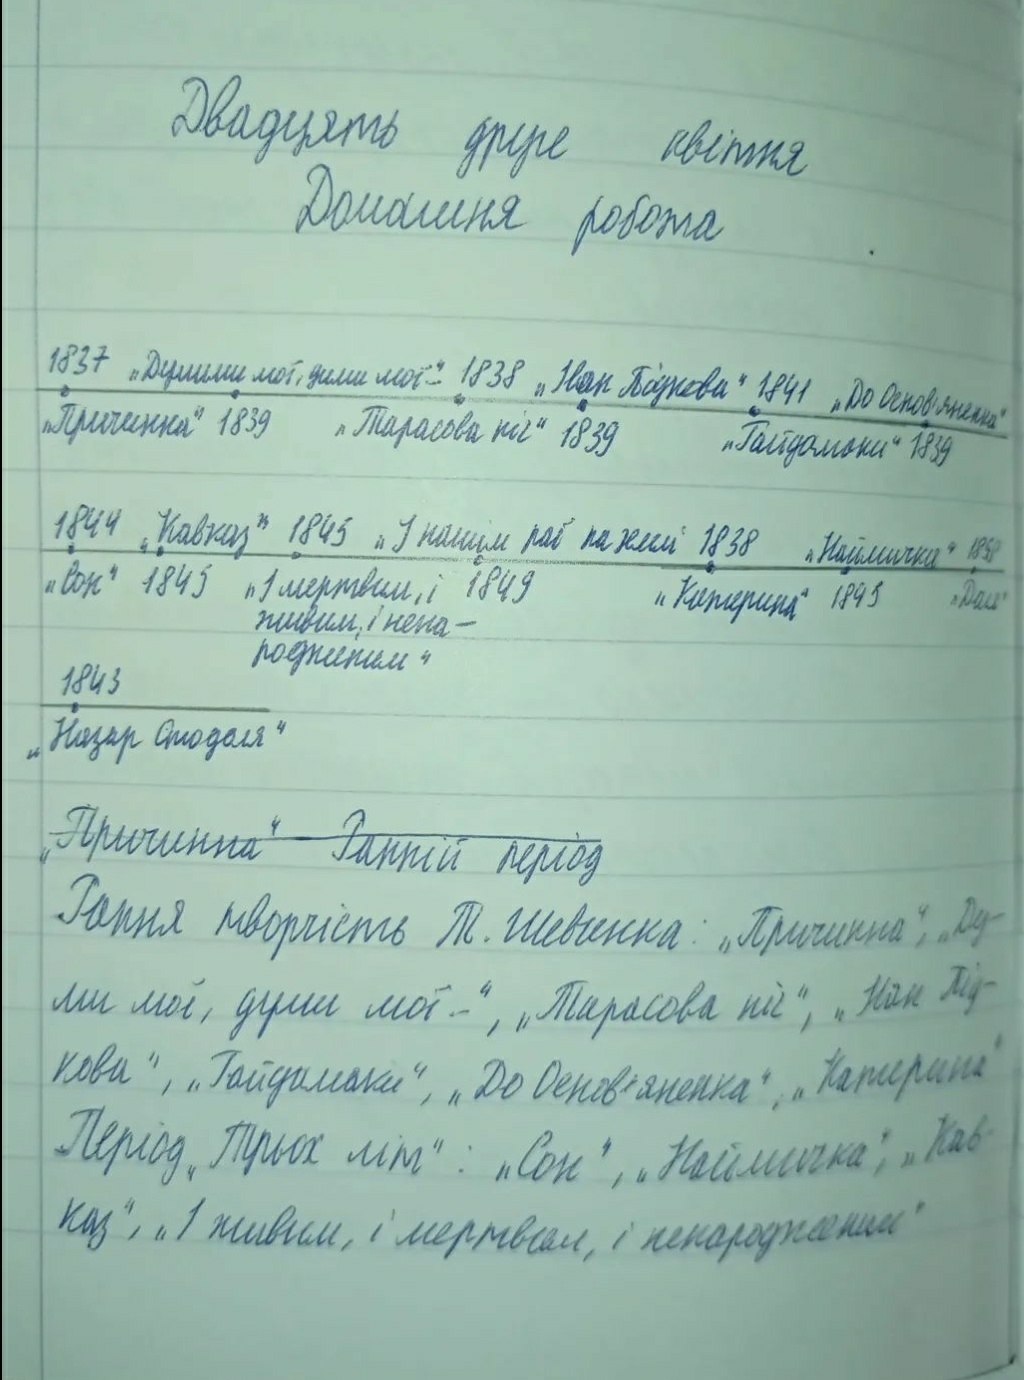
Двадцять друге квітня
Домашня робота
1837 „Думими мої, дими мої... “ 1838 „Іван Підкова“ 1841 „До Основ'яненка“
„Причинна“ 1839 „Тарасова ніч“ 1839 „Гайдамаки" 1839
1844 "Кавказ" 1845 "У нашім раї на землі" 1838 "Наймичка" 1858
«Сон» 1845 «І мертвим, і живим, і ненародженим» 1849 «Катерина» 1845 «Доля»
1843
„Назар Стодоля"
~~„Причинна" Ранній період~~
Рання творчість Т. Шевченка: „Причинна“, „Ду-
ми мої, думи мої...", "Тарасова ніч", "Іван Під-
кова", "Гайдамаки", "До Основ'яненка", "Катерина"
Період „Трьох літ“: „Сон“, „Наймичка“, „Кав-
каз", "І живим, і мертвим, і ненарожденним"